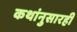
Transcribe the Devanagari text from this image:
कथांनुसारही